Treatise on elephants
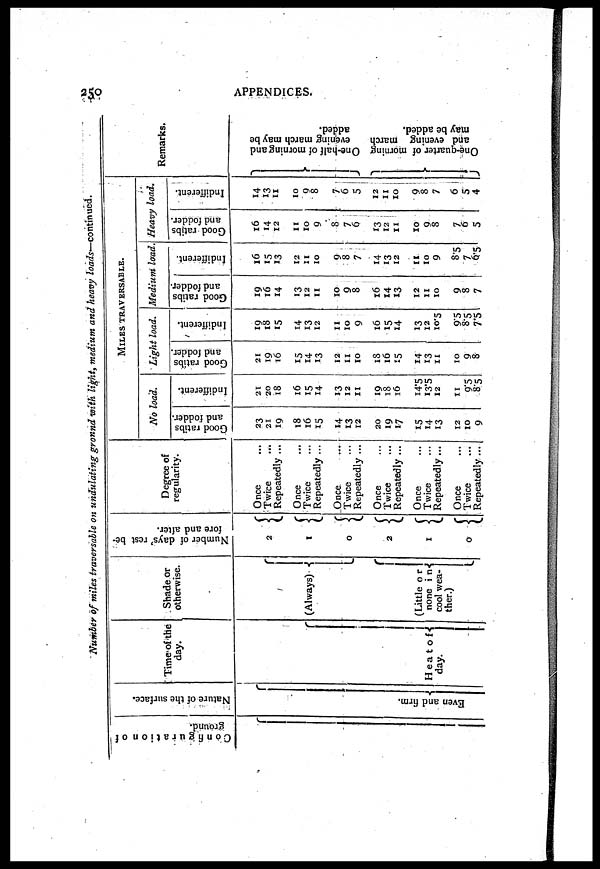
250
APPENDICES.
Number of miles traversable on undulating gronnd with light, medium and heavy loads —continued.
Configuration of
ground.
Nature of the surface.
Even and firm.
Time of the
day.
Heat of
day.
Shade or
otherwise.
(Always)
(Little or
none i n
cool wea-
ther.)
Number of days' rest be
fore and after.
2
1
0
0
1
0
Degree of
regularity.
Once
Twice
...
Repeatedly ...
Once
Twice
Repeatedly...
Once
Twice
Repeatedly ...
Once
Twice
Repeatedly ...
Once
Twice
Repeatedly...
Once
Twice
Repeatedly...
MILES TRAVERSABLE.
No load.
Good ratibs
and fodder.
23
21
19
18
16
15
14
13
12
20
19
17
15
14
13
12
10
9
indifferent.
21
20
18
16
15
14
13
12
11
19
18
16
14.5
13.5
12
11
9.5
8.5
Light load.
Good ratibs
and fodder.
21
19
16
15
14
13
12
11
10
18
16
15
14
13
11
10
9
8
Indifferent.
19
18
15
14
13
12
11
10
9
16
15
14
13
12
10.5
95
8.5
7.5
Medium load
Good ratibs
and fodder.
19
16
14
13
12
11
10
9
8
16
14
13
12
11
10
9
8
7
.... .
......
Indifferent.
16
15
13
12
11
10
9
8
7
14
13
12
11
10
9
8.5
7
6/5
Heavy load.
Good ratibs
and fodder.
16
14
12
11
10
9
8
7
6
13
12
11
10
9
8
7
6
5
Indifferent.
14
13
11
10
9
8
7
6
5
12
11
10
9
8
7
6
5
4
Remarks.
One-half of morning and
evening march may be
added.
One-quarter of morning
and evening inarch
may be added.